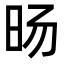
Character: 旸